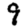
Digit: 9